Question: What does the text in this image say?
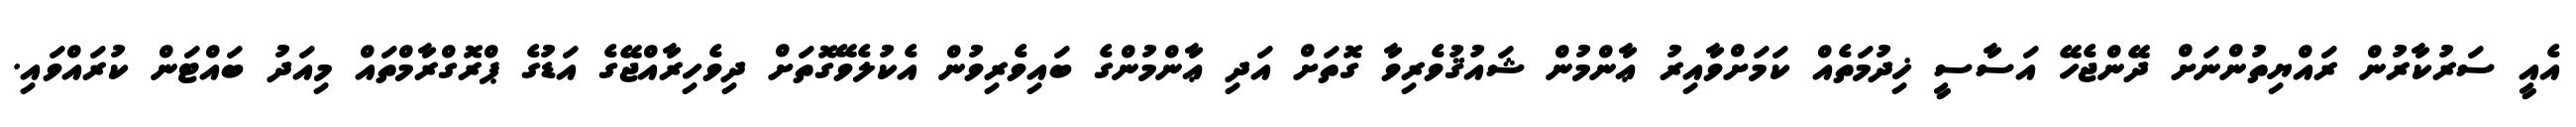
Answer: އެއީ ސަރުކާރުން ރައްޔިތުންނަށް ދޭންޖެހޭ އަސާސީ ޚިދުމަތެއް ކަމަށްވާއިރު ޢާންމުން ޝައުޤުވެރިވާ ގޮތަށް އަދި ޢާންމުންގެ ބައިވެރިވުން އެކުލެވޭގޮތަށް ދިވެހިރާއްޖޭގެ އަޑުގެ ޕްރޮގްރާމްތައް މިއަދު ބައްޓަން ކުރައްވައި.